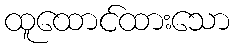
ထူထောင်ထားသော